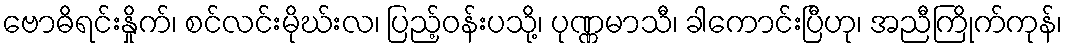
ဗောဓိရင်းနှိုက်၊ စင်လင်းမိုဃ်းလ၊ ပြည့်ဝန်းပသို့၊ ပုဏ္ဏမာသီ၊ ခါကောင်းပြီဟု၊ အညီကြိုက်ကုန်၊